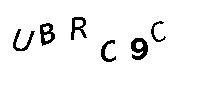
UBRC9C